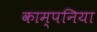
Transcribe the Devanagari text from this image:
काम्पनिया